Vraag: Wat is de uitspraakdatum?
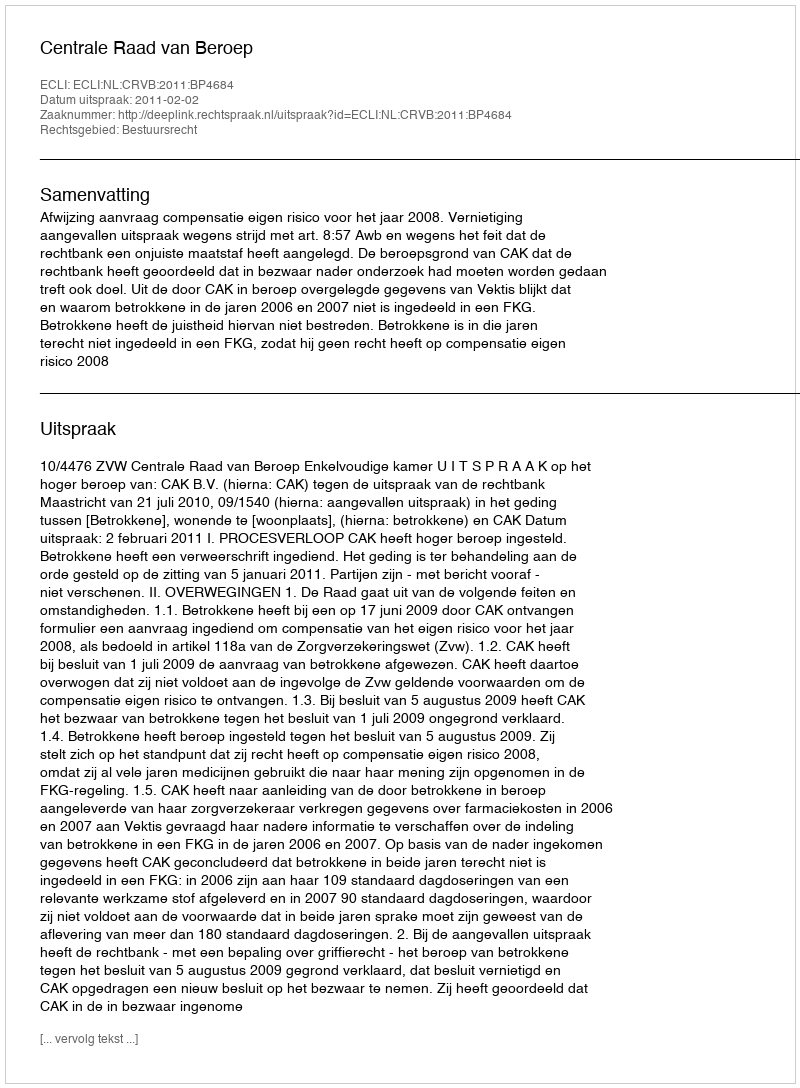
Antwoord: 2011-02-02